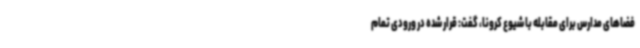
فضاهای مدارس برای مقابله با شیوع کرونا، گفت: قرار شده در ورودی تمام